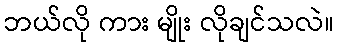
ဘယ်လို ကား မျိုး လိုချင်သလဲ။